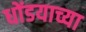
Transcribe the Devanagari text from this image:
धोंडयाच्या